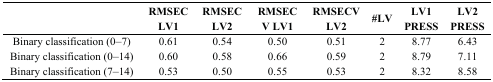
<table><thead><tr><td></td><td><b>RMSEC LV1</b></td><td><b>RMSEC LV2</b></td><td><b>RMSECV LV1</b></td><td><b>RMSECV LV2</b></td><td><b>#LV</b></td><td><b>LV1 PRESS</b></td><td><b>LV2 PRESS</b></td></tr></thead><tbody><tr><td>Binary classification (0–7)</td><td>0.61</td><td>0.54</td><td>0.50</td><td>0.51</td><td>2</td><td>8.77</td><td>6.43</td></tr><tr><td>Binary classification (0–14)</td><td>0.60</td><td>0.58</td><td>0.66</td><td>0.59</td><td>2</td><td>8.79</td><td>7.11</td></tr><tr><td>Binary classification (7–14)</td><td>0.53</td><td>0.50</td><td>0.55</td><td>0.53</td><td>2</td><td>8.32</td><td>8.58</td></tr></tbody></table>